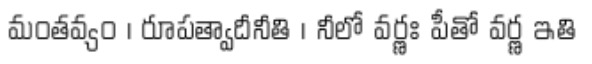
మంతవ్యం । రూపత్వాదీనీతి । నీలో వర్ణః పీతో వర్ణ ఇతి